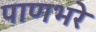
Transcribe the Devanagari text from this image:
पाणभरे